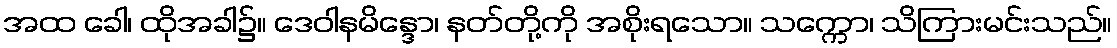
အထ ခေါ၊ ထိုအခါ၌။ ဒေဝါနမိန္ဒော၊ နတ်တို့ကို အစိုးရသော။ သက္ကော၊ သိကြားမင်းသည်။